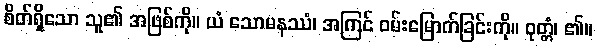
စိတ်ရှိသော သူ၏ အဖြစ်ကို။ ယံ သောမနဿံ၊ အကြင် ဝမ်းမြောက်ခြင်းကို။ ဝုတ္တံ၊ ၏။